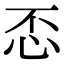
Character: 𢗫